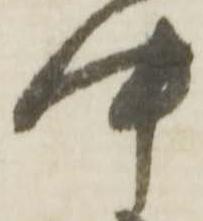
中